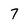
Character: 7